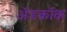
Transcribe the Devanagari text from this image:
अॅडकॉक